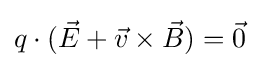
q\cdot ({\vec {E}}+{\vec {v}}\times {\vec {B}})={\vec {0}}